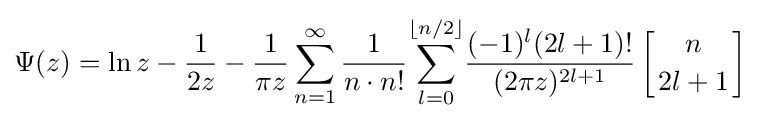
\Psi (z)=\ln z-{\frac {1}{2z}}-{\frac {1}{\pi z}}\sum _{n=1}^{\infty }{\frac {1}{n\cdot n!}}\!\sum _{l=0}^{\lfloor n/2\rfloor }\!{\frac {(-1)^{l}(2l+1)!}{(2\pi z)^{2l+1}}}\left[{n \atop 2l+1}\right]